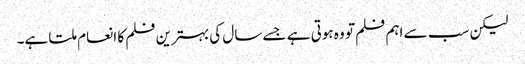
لیکن سب سے اہم فلم تو وہ ہوتی ہے جسے سال کی بہترین فلم کا انعام ملتا ہے۔